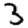
Digit: 3